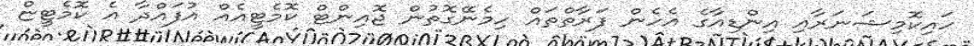
ހައިކޮމިޝަނަރާއި އިންޑިއާގެ އެހެން ފަރާތްތައް ހިމެނޭގޮތުން ޖޮއިންޓް ކޮމެޓީއެއް އުފައްދާ އެ ކޮމެޓީޏް